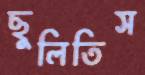
ছুলিতিস